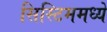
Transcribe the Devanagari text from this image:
सिस्टिममध्ये